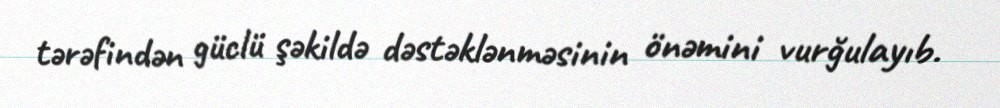
tərəfindən güclü şəkildə dəstəklənməsinin önəmini vurğulayıb.